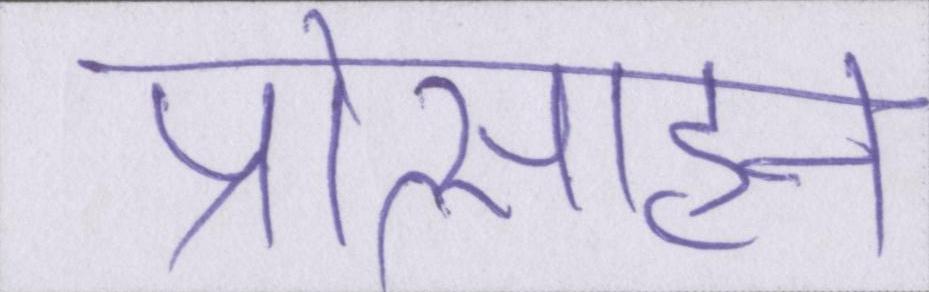
प्रोत्साहन